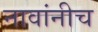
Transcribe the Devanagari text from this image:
नावांनीच